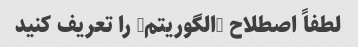
لطفاً اصطلاح "الگوریتم" را تعریف کنید